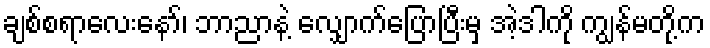
ချစ်စရာလေးနော်၊ ဘာညာနဲ့ လျှောက်ပြောပြီးမှ အဲ့ဒါကို ကျွန်မတို့က